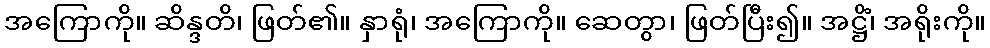
အကြောကို။ ဆိန္ဒတိ၊ ဖြတ်၏။ နှာရုံ၊ အကြောကို။ ဆေတွာ၊ ဖြတ်ပြီး၍။ အဋ္ဌိံ၊ အရိုးကို။